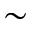
\sim